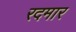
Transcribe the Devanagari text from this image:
रदमार